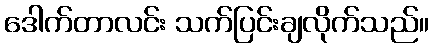
ဒေါက်တာလင်း သက်ပြင်းချလိုက်သည်။